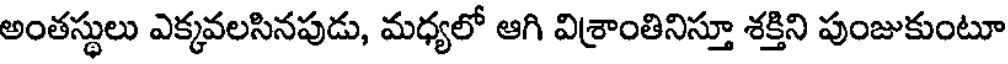
అంతస్థులు ఎక్కవలసినపుడు, మధ్యలో ఆగి విశ్రాంతినిస్తూ శక్తిని పుంజుకుంటూ